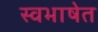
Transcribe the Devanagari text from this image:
स्वभाषेत